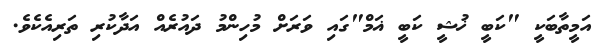
އަމީތާބަކީ "ކަބީ ޚުޝީ ކަބީ ޣަމް"ގައި ވަރަށް މުހިންމު ދައުރެއް އަދާކުރި ތަރިއެކެވެ.